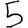
Digit: 5